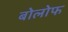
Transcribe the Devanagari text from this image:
बोलोफ